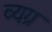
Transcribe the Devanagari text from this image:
व्‍यग्र